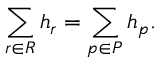
\sum _ { r \in R } h _ { r } = \sum _ { p \in P } h _ { p } .